Protection of India from yellow fever
Disease focus: Fever
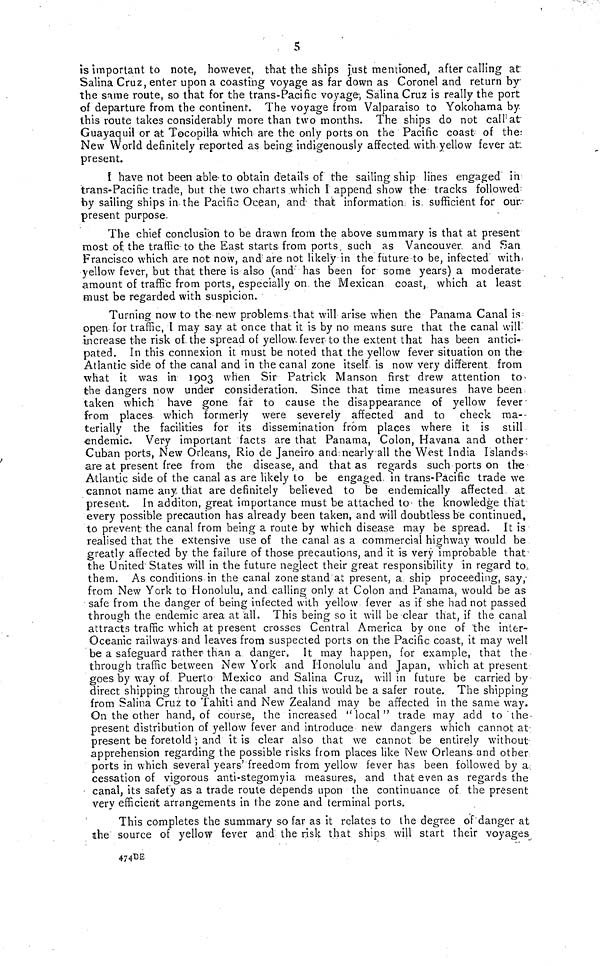
s
is important to note, however, that the ships just mentioned, after calling at
Salina Cruz, enter upon a coasting voyage as far down as Coronel and return by
the same route, so that for the trans-Pacific voyage, Salina Cruz is really the port
of departure from the continent. The voyage from Valparaiso to Yokohama by
this route takes considerably more than two months. The ships do not call at
Guayaquil or at Tocopilla which are the only ports on the Pacific coast of the;
New World definitely reported as being indigenously affected, with yellow fever at:
present.
Î have not been able- to obtain details of the sailing ship lines engaged in
trans-Pacific trade, but the two charts which I append show the tracks followed
by sailing ships in-the Pacific Ocean, and- that information, is. sufficient for our
present purpose.
The chief conclusion to be drawn from the above summary is that at present
most of; the traffic-to the East starts from ports, such as Vancouver, and San
Francisco which are not now, and are not likely in the future to be, infected with;
yellow fever, but that there is also (and has been for some years) a moderate
amount of traffic from ports, especially on. the Mexican coast, which at least
must be regarded with suspicion.
Turning now to the new problems that will arise when the Panama Canal is
open for traffic, t may say at once that it is by no means sure that the canal will'
increase the risk of. the spread of yellow-fever to the extent that has been antici-
pated. In this connexion it must be noted that the yellow fever situation on the
Atlantic side of the canal and in the canal zone itself is now very diffèrent from
what it was in 1903 when Sir Patrick Manson first drew attention to
the dangers now under consideration. Since that time measures have been
taken which have gone fair to cause the disappearance of yellow fever-
from places which formerly were severely affected and to check ma--
terially the facilities for its dissemination from places where it is still
endemic. Very important facts are that Panama, Colon, Havana and other -
Cuban ports, New Orleans, Rio de Janeiro and nearly all the West India Islands-
are at present free from the disease, and that as regards such ports on the-
Atlant.ic side of the canal as are likely to be engaged, in trans-Pacific trade we
cannot name any that are definitely believed to be endemically affected at
present. in additon, great importance must be attached to the knowledge that
every possible precaution has already been taken, and will doubtless be continued,
to prevent the canal from being a route by which disease may be spread. It is
realised that the extensive use of the canal as a commercial highway would be
greatly affected by the failure of those precautions, and it is very improbable that
the United States will in the future neglect their great responsibility in regard to,
them. As conditions in the canal zone stand at present, a ship proceeding, say,
from New York to Honolulu, and calling only at Colon and Panama, would be as
safe from the danger of being infected with yellow fever as if she had not passed
through the endemic area at all. This being so it will be clear that, if the canal
attracts traffic which at present crosses Central America by one of the inter-
Oceanic railways and leaves from suspected ports on the Pacific coast, it may well
be a safeguard rather than a danger. It may happen, for example, that the
through traffic between New York and Honolulu and Japan, which at present
goes by way of Puerto Mexico and Salina Cruz, will in future be carried by
direct shipping through the canal and this would be a safer route. The shipping
from Salina Cruz to Tahiti and New Zealand may be affected in the same way.
On the other hand, of course, the increased "local" trade may add to "the-
present distribution of yellow fever and introduce new dangers which cannot at
present be foretold ; and it is clear also that we cannot be entirely without
apprehension regarding the possible risks from places like New Orleans- and other
ports in which several years' freedom from yellow fever has been followed by a.
cessation of vigorous anti-stegomyia measures, and that even as regards the
canal, its safety as a trade route depends upon the continuance of the present
very efficient arrangements in the zone and terminal ports.
This completes the summary so far as it relates to the degree of'danger at
the source of yellow fever and the risk that ships will start their voyages
474DE